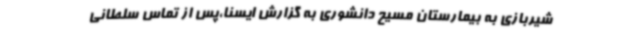
شیربازی به بیمارستان مسیح دانشوری به گزارش ایسنا،پس از تماس سلطانی